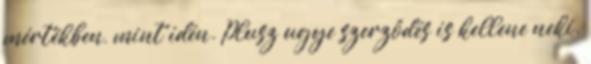
mértékben, mint idén. Plusz ugye szerződés is kellene neki.